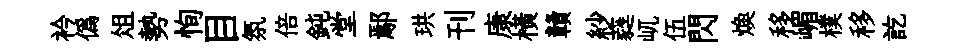
衿僞俎勢恂目氛倍鈍堂鄢珙刊康横贛紗蕤屼伍閃焕移嵋樸移訖